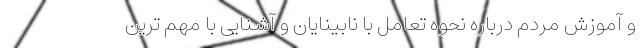
و آموزش مردم درباره نحوه تعامل با نابینایان و آشنایی با مهم ترین